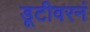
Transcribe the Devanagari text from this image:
डूटीवरनं